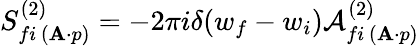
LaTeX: S_{fi\, ({\mathbf A\cdot p})}^{(2)}=-2\pi i\delta(w_{f}-w_{i}){\cal A}_{fi\, ({\mathbf A\cdot p})}^{(2)}